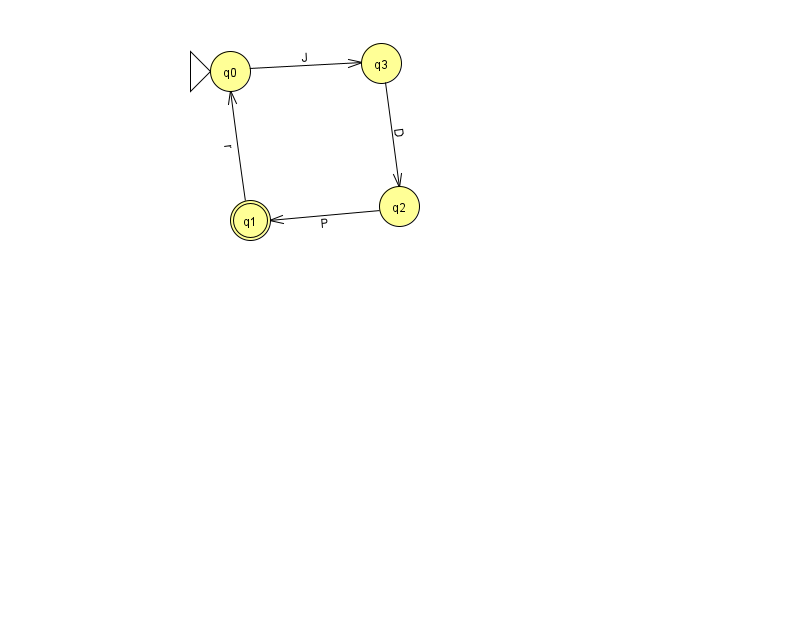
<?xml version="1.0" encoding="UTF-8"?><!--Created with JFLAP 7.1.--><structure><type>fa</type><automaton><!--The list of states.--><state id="0" name="q0"><x>230.0</x><y>58.0</y><initial/></state><state id="1" name="q1"><x>250.0</x><y>207.0</y><final/></state><state id="2" name="q2"><x>399.0</x><y>193.0</y></state><state id="3" name="q3"><x>381.0</x><y>50.0</y></state><!--The list of transitions.--><transition><from>2</from><to>1</to><read>P</read></transition><transition><from>0</from><to>3</to><read>J</read></transition><transition><from>3</from><to>2</to><read>D</read></transition><transition><from>1</from><to>0</to><read>r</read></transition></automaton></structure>